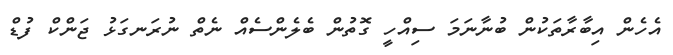
އެހެން އިބާރާތަކުން ބުނާނަމަ ސިއްހީ ގޮތުން ބެލެންސެއް ނެތް ނުރަނގަޅު ޖަންކް ފުޑް